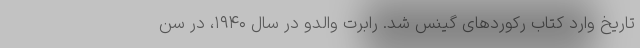
تاریخ وارد کتاب رکورد‌های گینس شد. رابرت والدو در سال ۱۹۴۰، در سن